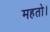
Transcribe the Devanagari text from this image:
महतो।